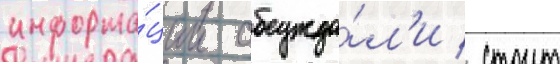
информа́ции обсужда́л'и / стоит